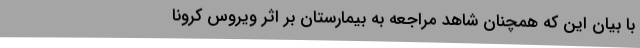
با بیان این که همچنان شاهد مراجعه به بیمارستان بر اثر ویروس کرونا